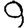
Digit: 9